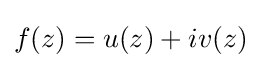
f(z)=u(z)+iv(z)